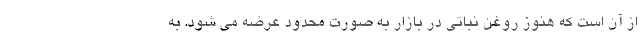
از آن است که هنوز روغن نباتی در بازار به صورت محدود عرضه می شود. به